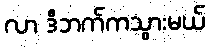
လာ ဒီဘက်ကသွားမယ်